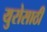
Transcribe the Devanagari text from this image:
युरोसाठी